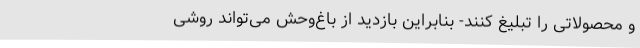
و محصولاتی را تبلیغ کنند- بنابراین بازدید از باغ‌وحش می‌تواند روشی